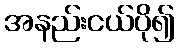
အနည်းငယ်ပို၍